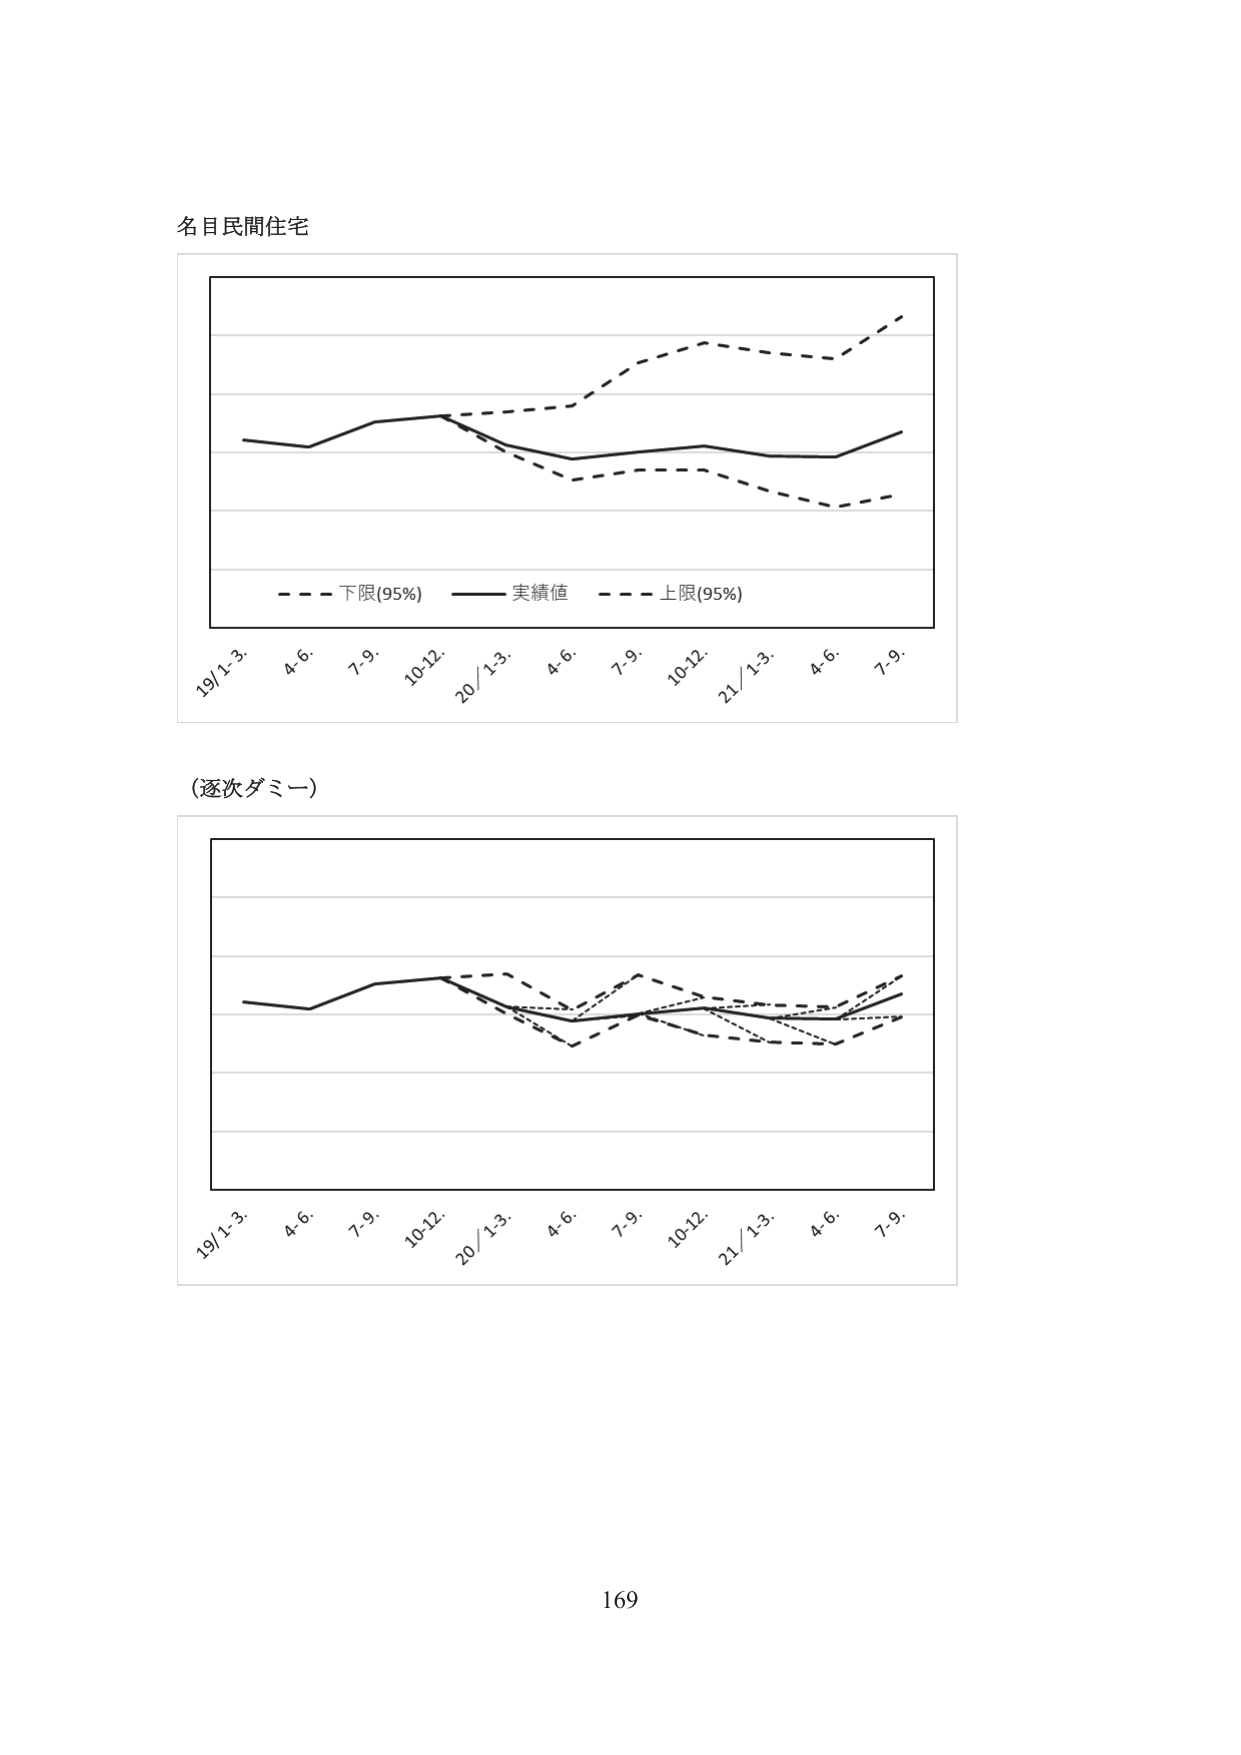
名目民間住宅

- - - 下限(95%) —— 実績値 - - - 上限(95%)

19/1-3. 4.6. 7.9. 10-12. 20/1-3. 4.6. 7.9. 10-12. 21/1-3. 4.6. 7.9.

(逐次ダミー)

19/1-3. 4.6. 7.9. 10-12. 20/1-3. 4.6. 7.9. 10-12. 21/1-3. 4.6. 7.9.

169